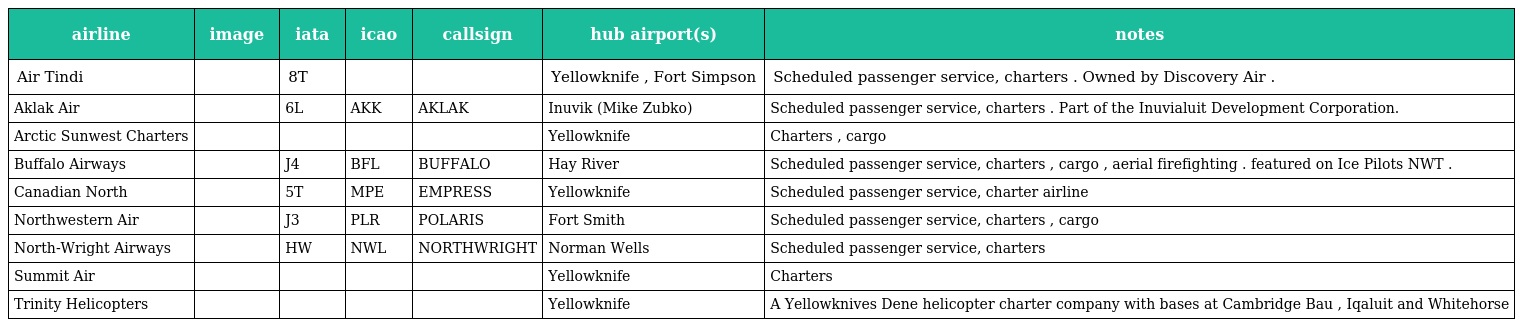
| airline | image | iata | icao | callsign | hub airport(s) | notes |
 | --- | --- | --- | --- | --- | --- | --- |
 | Air Tindi |  | 8T |  |  | Yellowknife , Fort Simpson | Scheduled passenger service, charters . Owned by Discovery Air . |
 | Aklak Air |  | 6L | AKK | AKLAK | Inuvik (Mike Zubko) | Scheduled passenger service, charters . Part of the Inuvialuit Development Corporation. |
 | Arctic Sunwest Charters |  |  |  |  | Yellowknife | Charters , cargo |
 | Buffalo Airways |  | J4 | BFL | BUFFALO | Hay River | Scheduled passenger service, charters , cargo , aerial firefighting . featured on Ice Pilots NWT . |
 | Canadian North |  | 5T | MPE | EMPRESS | Yellowknife | Scheduled passenger service, charter airline |
 | Northwestern Air |  | J3 | PLR | POLARIS | Fort Smith | Scheduled passenger service, charters , cargo |
 | North-Wright Airways |  | HW | NWL | NORTHWRIGHT | Norman Wells | Scheduled passenger service, charters |
 | Summit Air |  |  |  |  | Yellowknife | Charters |
 | Trinity Helicopters |  |  |  |  | Yellowknife | A Yellowknives Dene helicopter charter company with bases at Cambridge Bau , Iqaluit and Whitehorse |